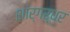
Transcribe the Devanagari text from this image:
शांर्गर्धर